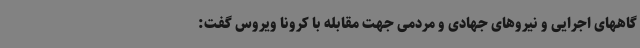
گاههای اجرایی و نیروهای جهادی و مردمی جهت مقابله با کرونا ویروس گفت: